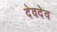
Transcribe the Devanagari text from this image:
देवदेव